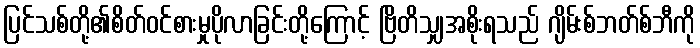
ပြင်သစ်တို့၏စိတ်ဝင်စားမှုပိုလာခြင်းတို့ကြောင့် ဗြိတိသျှအစိုးရသည် ဂျိမ်းစ်ဘတ်စ်ဘီကို